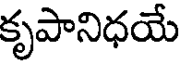
కృపానిధయే